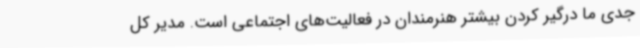
جدی ما درگیر کردن بیشتر هنرمندان در فعالیت‌های اجتماعی است. مدیر کل